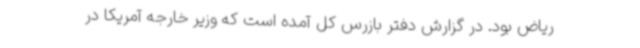
ریاض بود. در گزارش دفتر بازرس کل آمده است که وزیر خارجه آمریکا در